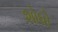
શોધો